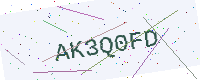
Text: AK3Q0FD